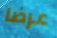
عرضا